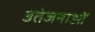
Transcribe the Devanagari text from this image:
उतेजनाओं